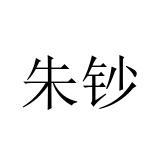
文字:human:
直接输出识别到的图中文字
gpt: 朱钞